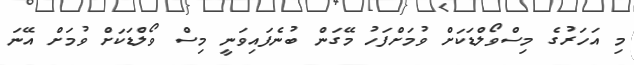
މި އަހަރުގެ މިސްވޯލްޑަކަށް ވުމަށްފަހު މޭގަން ބުނެފައިވަނީ މިސް ވޯލްޑަކަށް ވުމަށް އޭނަ